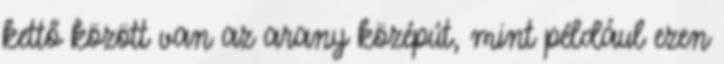
kettő között van az arany középút, mint például ezen